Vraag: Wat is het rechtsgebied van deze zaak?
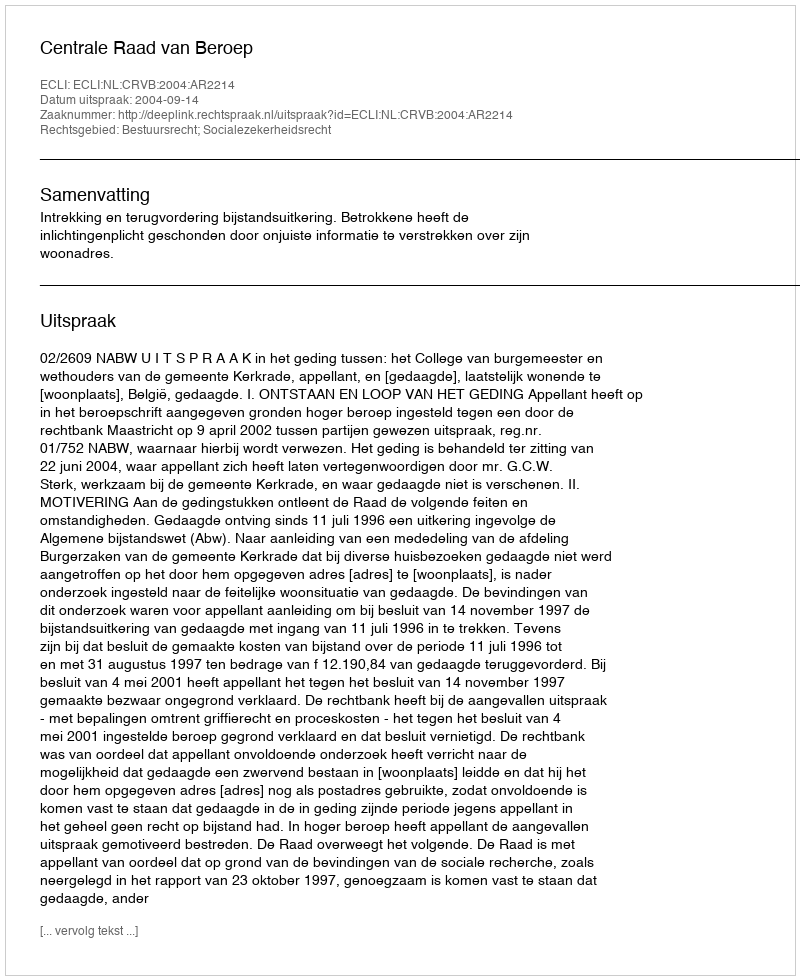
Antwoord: Bestuursrecht; Socialezekerheidsrecht